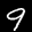
Digit: 9